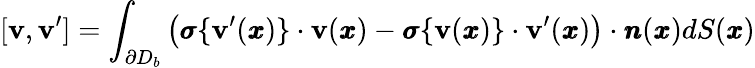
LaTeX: [{\mathbf v},{\mathbf v}^{\prime}]=\int_{\partial D_{b}}\left({\pmb\sigma}\{ {\mathbf v}^{\prime}({\pmb x})\} \cdot{\mathbf v}({\pmb x})-{\pmb\sigma}\{ {\mathbf v}({\pmb x})\} \cdot{\mathbf v}^{\prime}({\pmb x})\right)\cdot{\pmb n}({\pmb x})dS({\pmb x})